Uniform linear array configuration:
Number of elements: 12
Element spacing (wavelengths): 0.75
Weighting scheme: hann
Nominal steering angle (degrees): -30
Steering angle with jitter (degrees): -30.33
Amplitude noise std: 0.05
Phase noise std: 0.05

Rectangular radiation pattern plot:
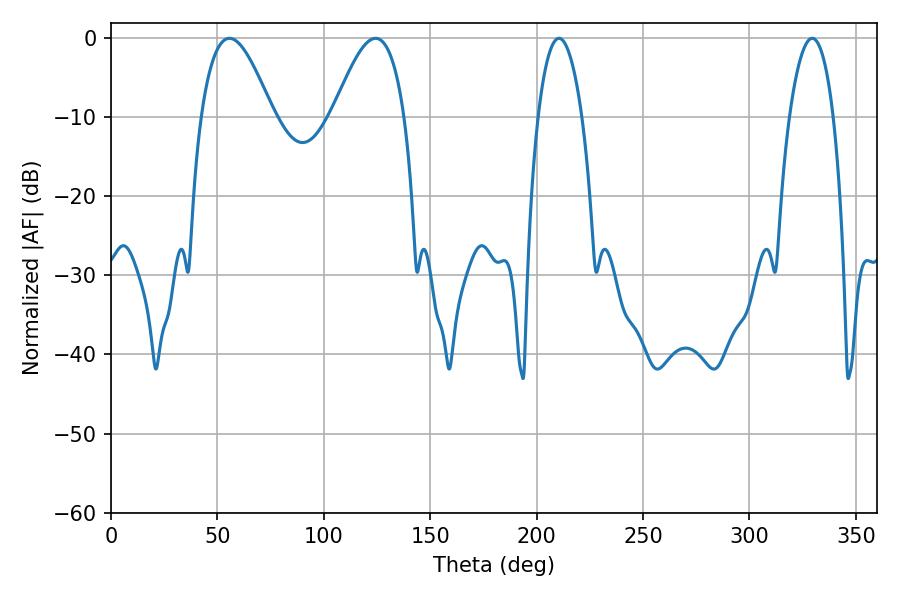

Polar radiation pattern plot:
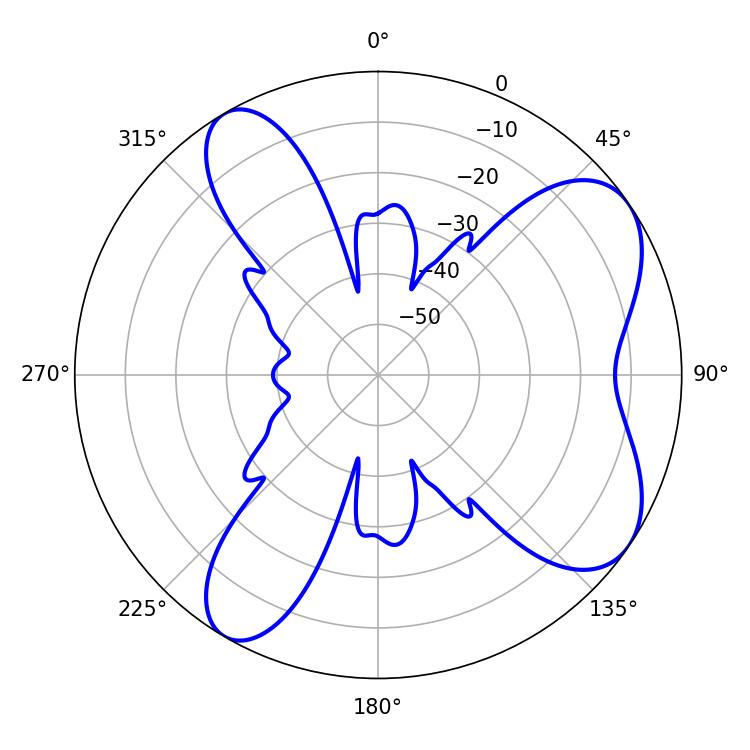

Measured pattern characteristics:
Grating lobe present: TRUE
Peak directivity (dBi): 7.186
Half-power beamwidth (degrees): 18.18
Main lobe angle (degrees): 55.62